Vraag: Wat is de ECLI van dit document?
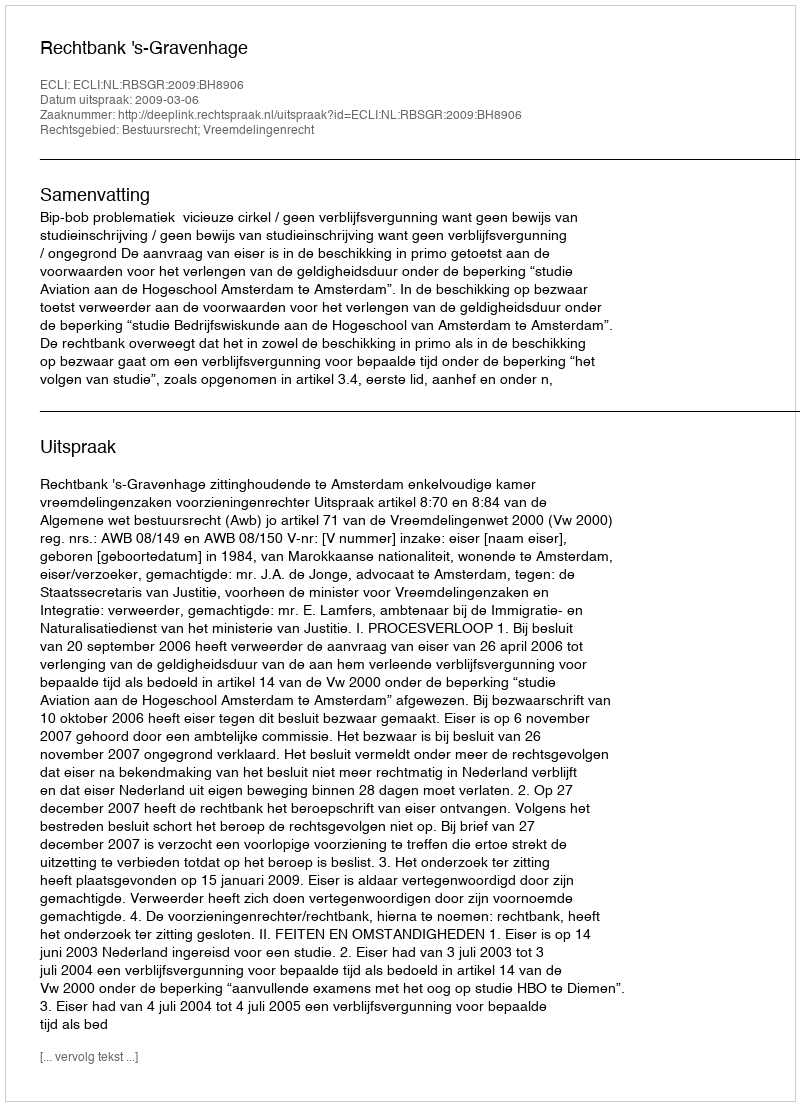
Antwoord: ECLI:NL:RBSGR:2009:BH8906